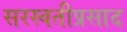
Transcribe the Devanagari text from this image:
सरस्वतीप्रसाद